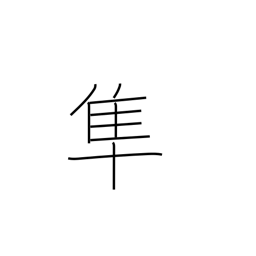
Meaning: falcon